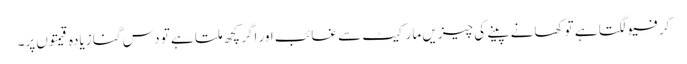
کرفیو لگتا ہے تو کھانے پینے کی چیزیں مارکیٹ سے غائب اور اگر کچھ ملتا ہے تو دس گنا زیادہ قیمتوں پر۔